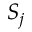
S _ { j }